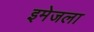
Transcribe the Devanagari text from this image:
इमेजला